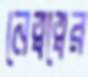
নেত্বত্বের